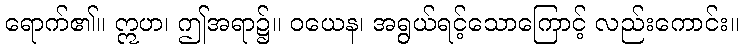
ရောက်၏။ ဣဟ၊ ဤအရာ၌။ ဝယေန၊ အရွယ်ရင့်သောကြောင့် လည်းကောင်း။